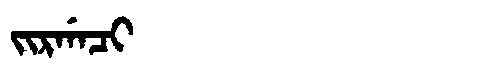
Manchu: ᠵᡳᡵᡤᠠᠴᡳ
Romanization: JIRGACI